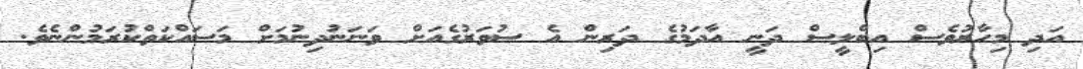
އަދި މިހާރުވެސް އިބްލީސް ދަނީ އާދަމުގެ ދަރިން އެ ސުވަރުގެއަށް ވަނަނުދިނުމަށް މަސައްކަތްކުރަމުންނެވެ.